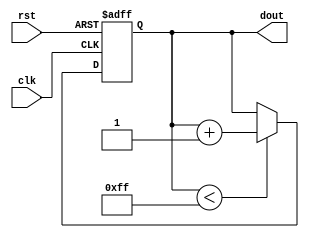
`timescale 1ns/1ns


module up ( 
dout,

clk,
rst

);

output	[7:0]	dout;

input	clk, rst;

reg		[7:0]	dout;
always @(posedge clk or negedge rst) 
begin
	if(!rst) begin
		dout <= 0;
	end
	else begin
		if(dout < 8'hff)
			dout <= dout+ 1'b1;
		else
			dout <= dout ;
	end

end

endmodule